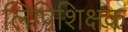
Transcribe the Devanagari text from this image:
लिपिशिक्षक